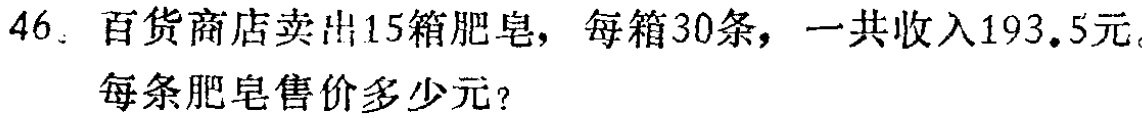
46. 百货商店卖出15箱肥皂，每箱30条，一共收入193.5元。

每条肥皂售价多少元？